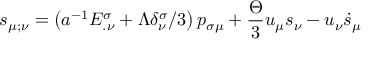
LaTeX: s _ { \mu ; \nu } = \left( a ^ { - 1 } E _ { . \nu } ^ { \sigma } + \Lambda \delta _ { \nu } ^ { \sigma } / 3 \right) p _ { \sigma \mu } + \frac { \Theta } { 3 } u _ { \mu } s _ { \nu } - u _ { \nu } \dot { s } _ { \mu }